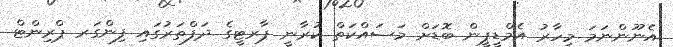
އެނޫންނަމަ މިހާރު އެމްޑީޕީން ބޮޑަށް މަސައްކަތް ކުރާނީ ޕާރޓީގެ ދަފްތަރުގައި ފިންގަރ ޕްރިންޓް